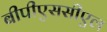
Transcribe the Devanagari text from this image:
बीपीएससीएल